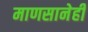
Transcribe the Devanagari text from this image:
माणसानेही